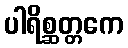
ပါရိစ္ဆတ္တကေ